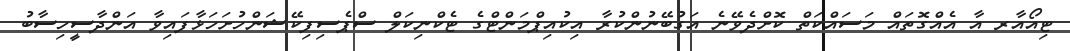
ޓިއޯއާރ އާ އެއްގޮތައް މަސައްކަތް ކޮށްދެވޭނެ އަގުބޭނުންކުރާ އިކުއިޕްމަންޓްގެ ޓެކްނިކަލް ސްޕެސިފިކޭޝަންހުށަހަޅާފައިވާ އަންދާސީހިސާބު